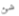
شئ